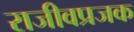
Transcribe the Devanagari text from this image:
राजीवप्रजक